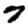
Digit: 7